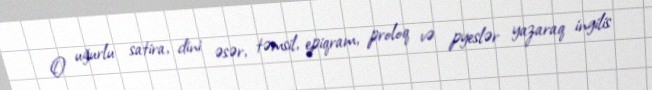
O uğurlu satira, dini əsər, təmsil, epiqram, proloq və pyeslər yazaraq ingilis